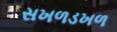
સખળડખળ